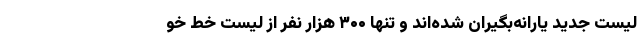
لیست جدید یارانه‌بگیران شده‌اند و تنها ۳۰۰ هزار نفر از لیست خط خو